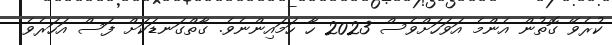
ކުރެވޭ ގޮތުން އެންމެ އަވަހަށްވެސް 2023 ހާ ހަމައިންނެވެ. ގާތްގަނޑަކަށް ފަސް އަހަރެވެ.